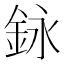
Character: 𨥭